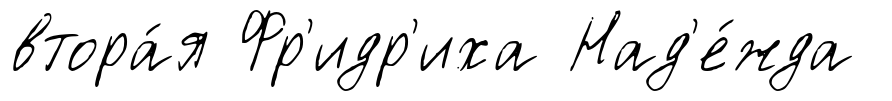
втора́я Фр'идр'иха Над'е́жда